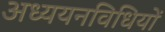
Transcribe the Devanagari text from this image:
अध्ययनविधियों